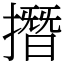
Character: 撍